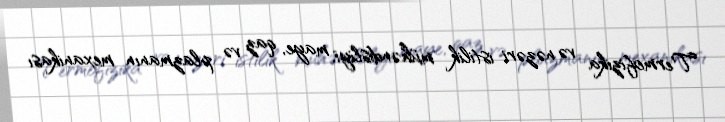
Termofizika və nəzəri istilik mühəndisliyi, maye, qaz və plazmanın mexanikası